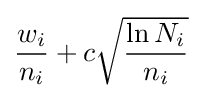
{\frac {w_{i}}{n_{i}}}+c{\sqrt {\frac {\ln N_{i}}{n_{i}}}}